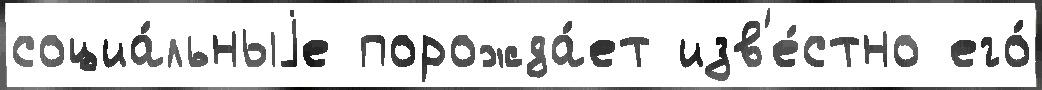
социа́льныjе порожда́ет изв'е́стно его́